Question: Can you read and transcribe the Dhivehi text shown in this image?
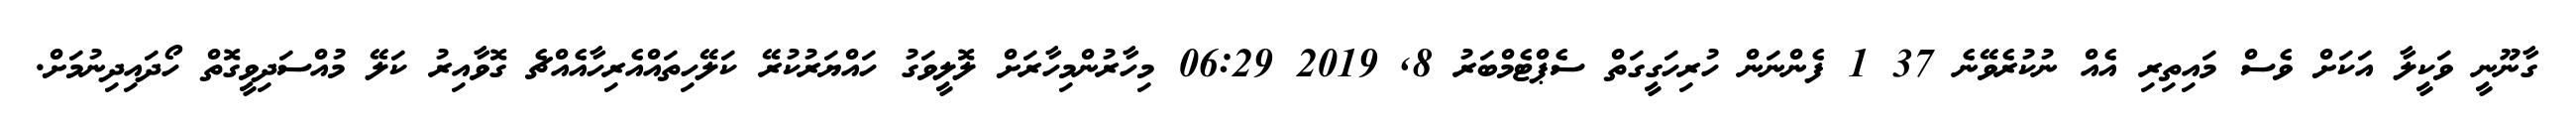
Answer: ގާނޫނީ ވަކީލާ އަކަށް ވެސް މައިތިރި އެއް ނުކުރެވޭނެ 37 1 ފެންނަން ހުރިހަގީގަތް ސެޕްޓެމްބަރު 8, 2019 06:29 މިހާރުންމިހާރަށް ލޮލީވަގު ހައްޔަރުކުރޭ ކަލޭހިތައްއެރިހާއެއްޗެ ގޮވާއިރު ކަލޭ މުއްސަދިވީގޮތް ހޯދައިދިނުމަށް.